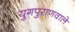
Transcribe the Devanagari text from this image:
युगपुराणवाले